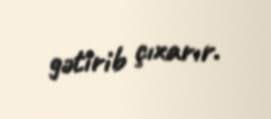
gətirib çıxarır.